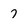
Character: 7